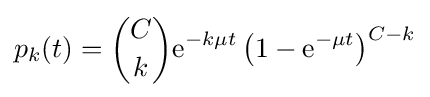
p_{k}(t)={\binom {C}{k}}\mathrm {e} ^{-k\mu t}\left(1-\mathrm {e} ^{-\mu t}\right)^{C-k}